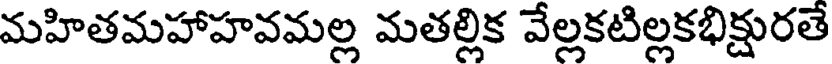
మహితమహాహవమల్ల మతల్లిక వేల్లకటిల్లకభిక్షురతే